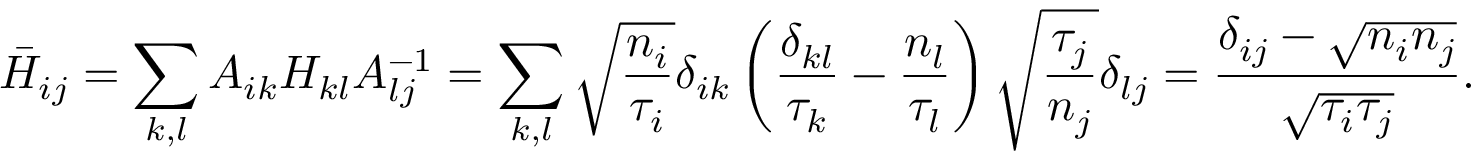
\bar { H } _ { i j } = \sum _ { k , l } A _ { i k } H _ { k l } A _ { l j } ^ { - 1 } = \sum _ { k , l } \sqrt { \frac { n _ { i } } { \tau _ { i } } } \delta _ { i k } \left( \frac { \delta _ { k l } } { \tau _ { k } } - \frac { n _ { l } } { \tau _ { l } } \right) \sqrt { \frac { \tau _ { j } } { n _ { j } } } \delta _ { l j } = \frac { \delta _ { i j } - \sqrt { n _ { i } n _ { j } } } { \sqrt { \tau _ { i } \tau _ { j } } } .